Madras plague regulations and rules - Volume 2
Disease focus: Plague
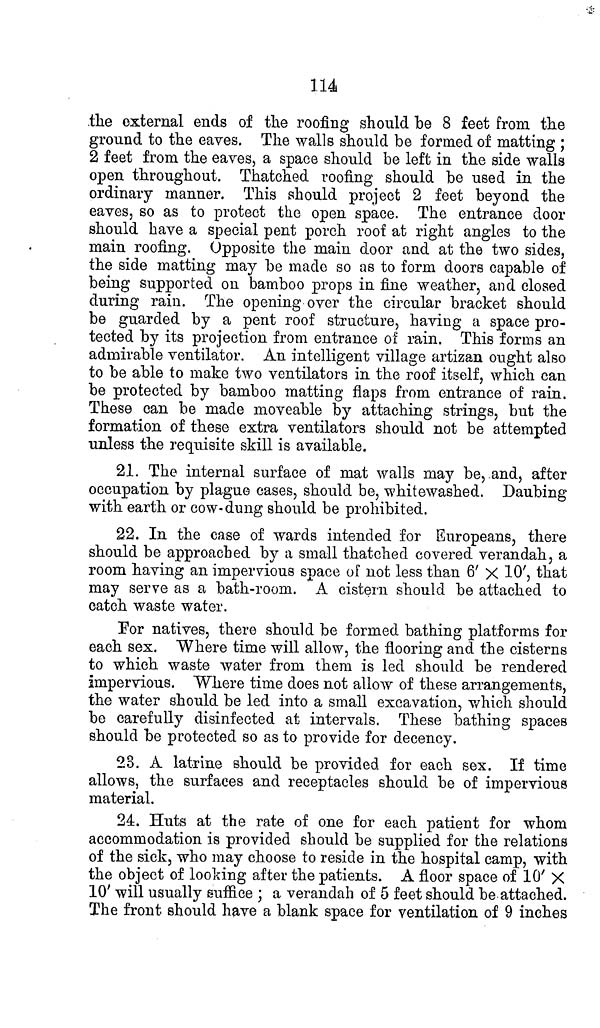
114
the external ends of the roofing should be 8 feet from the
ground to the eaves. The walls should be formed of matting ;
2 feet from the eaves, a space should be left in the side walls
open throughout. Thatched roofing should be used in the
ordinary manner. This should project 2 feet beyond the
eaves, so as to protect the open space. The entrance door
should have a special pent porch roof at right angles to the
main roofing. Opposite the main door and at the two sides,
the side matting may be made so as to form doors capable of
being supported on bamboo props in fine weather, and closed
during rain. The opening over the circular bracket should
be guarded by a pent roof structure, having a space pro-
tected by its projection from entrance of rain. This forms an
admirable ventilator. An intelligent village artizan ought also
to be able to make two ventilators in the roof itself, which can
be protected by bamboo matting flaps from entrance of rain.
These can be made moveable by attaching strings, but the
formation of these extra ventilators should not be attempted
unless the requisite skill is available.
21. The internal surface of mat walls may be, and, after
occupation by plague cases, should be, whitewashed. Daubing
with earth or cow-dung should be prohibited.
22. In the case of wards intended for Europeans, there
should be approached by a small thatched covered verandah, a
room having an impervious space of not less than 6' X 10', that
may serve as a bath-room. A cistern should be attached to
catch waste water.
For natives, there should be formed bathing platforms for
each sex. Where time will allow, the flooring and the cisterns
to which waste water from them is led should be rendered
impervious. Where time does not allow of these arrangements,
the water should be led into a small excavation, which should
be carefully disinfected at intervals. These bathing spaces
should be protected so as to provide for decency.
23. A latrine should be provided for each sex. If time
allows, the surfaces and receptacles should be of impervious
material.
24. Huts at the rate of one for each patient for whom
accommodation is provided should be supplied for the relations
of the sick, who may choose to reside in the hospital camp, with
the object of looking after the patients. A floor space of 10' X
10' will usually suffice ; a verandah of 5 feet should be attached.
The front should have a blank space for ventilation of 9 inches